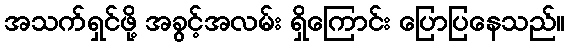
အသက်ရှင်ဖို့ အခွင့်အလမ်း ရှိကြောင်း ပြောပြနေသည်။